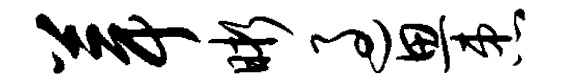
葺晰过思患